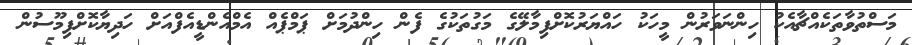
މަސްތުވާތަކެއްޗާއެކު ހިންނަވަރުން މީހަކު ހައްޔަރުކޮށްފިިމާލޭގެ މަގުތަކުގެ ފެން ހިންދުމަށް ޕަމްޕެއް އެމްއެންޑީއެފްއަށް ހަދިޔާކޮށްފިމޫސުން